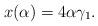
LaTeX: \begin{align*}x(\alpha)=4\alpha\gamma_1.\end{align*}